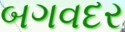
બગવદર